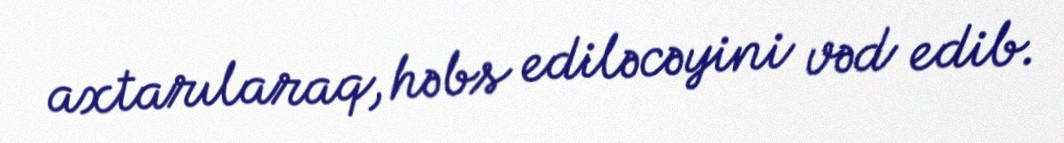
axtarılaraq, həbs ediləcəyini vəd edib.